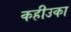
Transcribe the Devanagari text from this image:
कहीउका